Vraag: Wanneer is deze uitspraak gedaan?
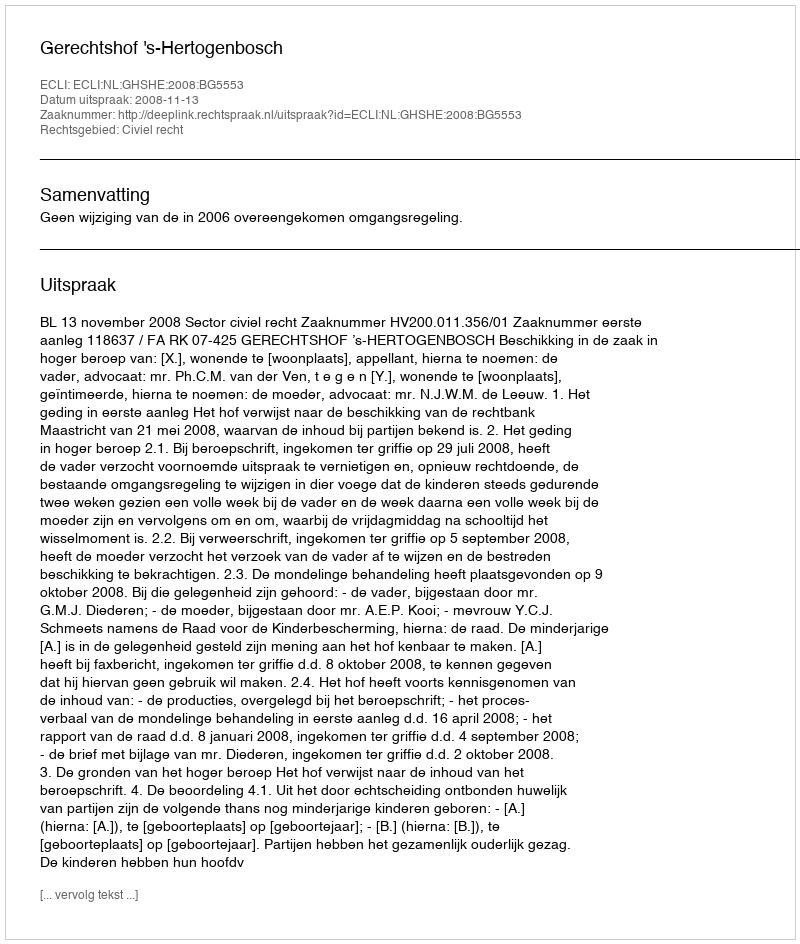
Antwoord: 2008-11-13